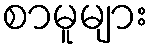
စာမူများ